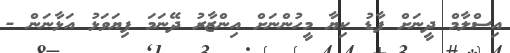
އިސްލާމް ދީނަށް ފާޑު ކިޔާ މީހުންނަށް އިންޒާރު ދޭނަމަ ފިޔަވަޅު އަޅާނަން -